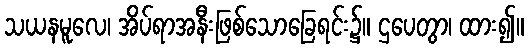
သယနမူလေ၊ အိပ်ရာအနီးဖြစ်သောခြေရင်း၌။ ဌပေတွာ၊ ထား၍။